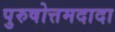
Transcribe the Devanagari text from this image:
पुरुषोत्तमदादा